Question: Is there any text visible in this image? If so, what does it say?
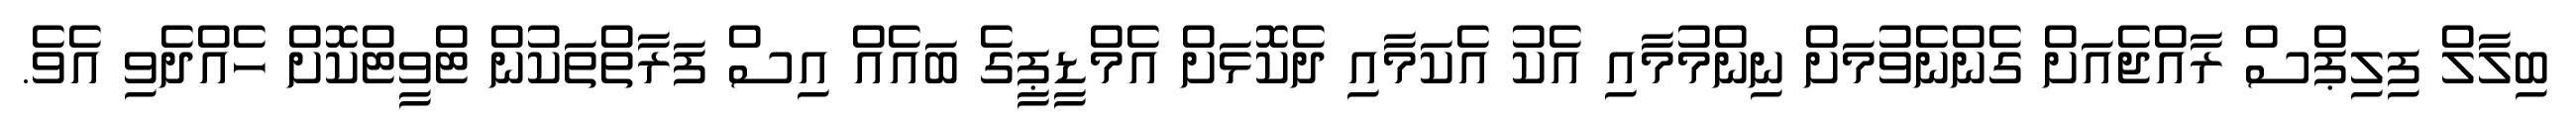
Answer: ބިލާލް ފިލިޕްސް ރާއްޖެއަށް ގެންނެވުމަށް ނިންމުމާއި އެކު އެކަމާއި ދެކޮޅަށް އެމްޑީޕީގެ ބައެއް އިސް ފަރާތްތަކުން ޓްވީޓްކޮށް ހެއްދެވި އެވެ.